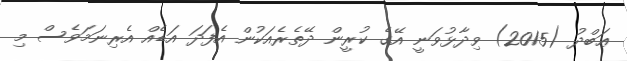
ޢަބްދު (2015) ވިދާޅުވަނީ އޭގެ ކުރީން ދޭތެރެއަކުން އެފަދަ އަޑެއް އެރިނަމަވެސް މި